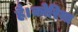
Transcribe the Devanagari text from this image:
है।कोरिया